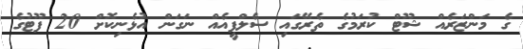
ގެ މަންޒަރެއް ޝޫޓް ކުރަމުގެ ތެރޭގައި ސެލްފީއެއް ނަގަން އުޅެނިކޮށް 20 ފޫޓުގެ